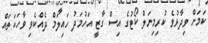
ކަމަށް ވިދާޅުވެ ކުރިމިނަލް ކޯޓުގެ އިސް ގާޒީ އަހުމަދު ހައިލަމް ދެއްކެވި ވާހަކަތައް